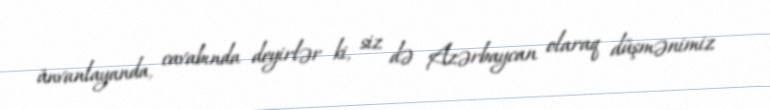
ünvanlayanda, cavabında deyirlər ki, siz də Azərbaycan olaraq düşmənimiz